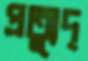
প্রত্যুদ্‌